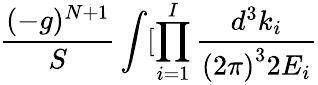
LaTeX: \frac{(-g)^{N+1}}S\int[\prod_{i=1}^{I}\frac{d^{3}k_{i}}{\left(2\pi\right)^{3}2E_{i}}